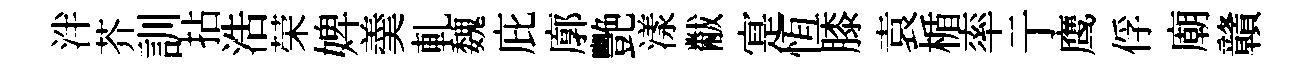
泮芥訓拈浩荣婢羮軋魏庇廓艷漾黻寔恆膝袁楯率亍鹰俘廟贛